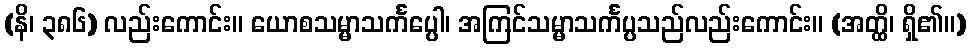
(နိ၊ ၃၈၆) လည်းကောင်း။ ယောစသမ္မာသင်္ကပ္ပေါ၊ အကြင်သမ္မာသင်္ကပ္ပသည်လည်းကောင်း။ (အတ္ထိ၊ ရှိ၏။)